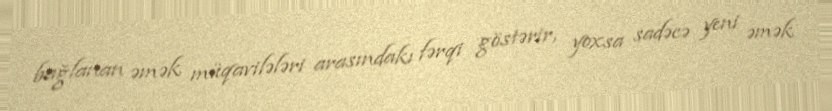
bağlanan əmək müqavilələri arasındakı fərqi göstərir, yoxsa sadəcə yeni əmək